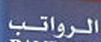
الرواتب